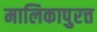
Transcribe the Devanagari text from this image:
मालिकापुरत्त